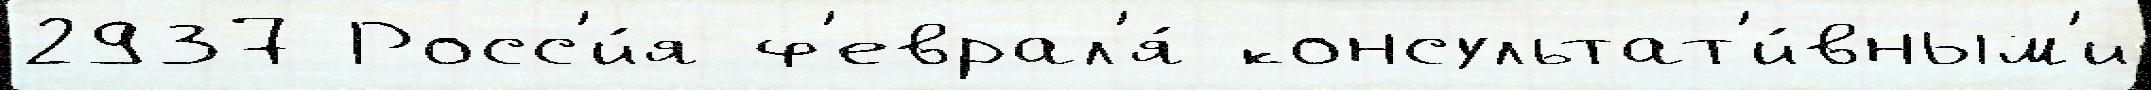
2937 Росс'и́я ф'еврал'я́ консультат'и́вным'и